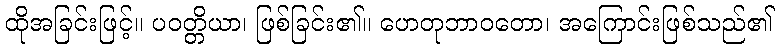
ထိုအခြင်းဖြင့်။ ပဝတ္တိယာ၊ ဖြစ်ခြင်း၏။ ဟေတုဘာဝတော၊ အကြောင်းဖြစ်သည်၏